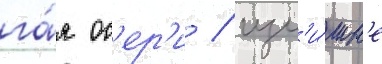
га́я ос'ер'и / изл'и́шн'е